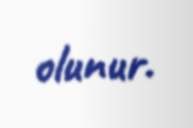
olunur.